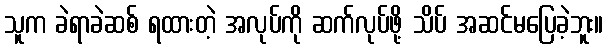
သူက ခဲရာခဲဆစ် ရထားတဲ့ အလုပ်ကို ဆက်လုပ်ဖို့ သိပ် အဆင်မပြေခဲ့ဘူး။